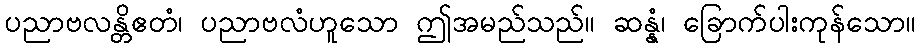
ပညာဗလန္တိဧတံ၊ ပညာဗလံဟူသော ဤအမည်သည်။ ဆန္နံ၊ ခြောက်ပါးကုန်သော။